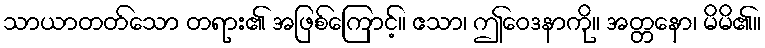
သာယာတတ်သော တရား၏ အဖြစ်ကြောင့်။ ဧသာ၊ ဤဝေဒနာကို။ အတ္တနော၊ မိမိ၏။